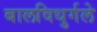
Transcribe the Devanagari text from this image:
बालविधुर्गले